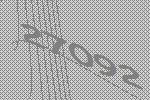
27092